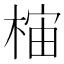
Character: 𱣯